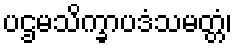
ပဌမသိက္ခာပဒံသမတ္တံ၊